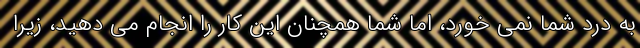
به درد شما نمی خورد، اما شما همچنان این کار را انجام می دهید، زیرا